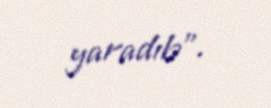
yaradıb”.